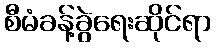
စီမံခန့်ခွဲရေးဆိုင်ရာ